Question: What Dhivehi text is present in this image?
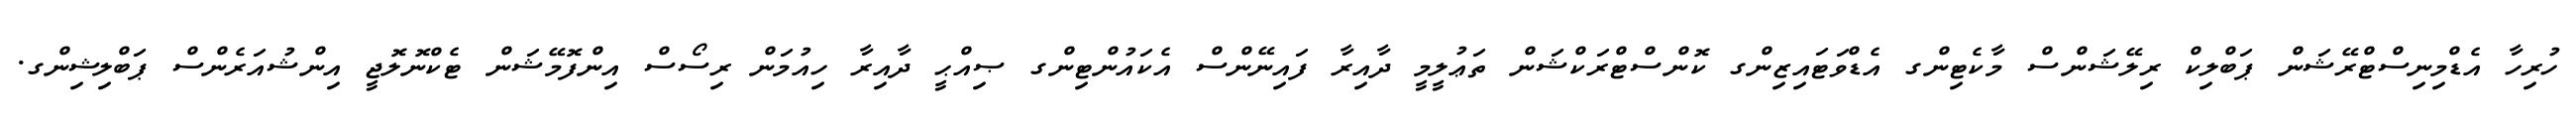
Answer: ހުރިހާ އެޑްމިނިސްޓްރޭޝަން ޕަބްލިކް ރިލޭޝަންސް މާކެޓިންގ އެޑްވަޓައިޒިންގ ކޮންސްޓްރަކްޝަން ތަޢުލީމީ ދާއިރާ ފައިނޭންސް އެކައުންޓިންގ ޞިއްޙީ ދާއިރާ ހިއުމަން ރިސޯސް އިންފޮމޭޝަން ޓެކްނޮލޮޖީ އިންޝުއަރެންސް ޕަބްލިޝިންގ.